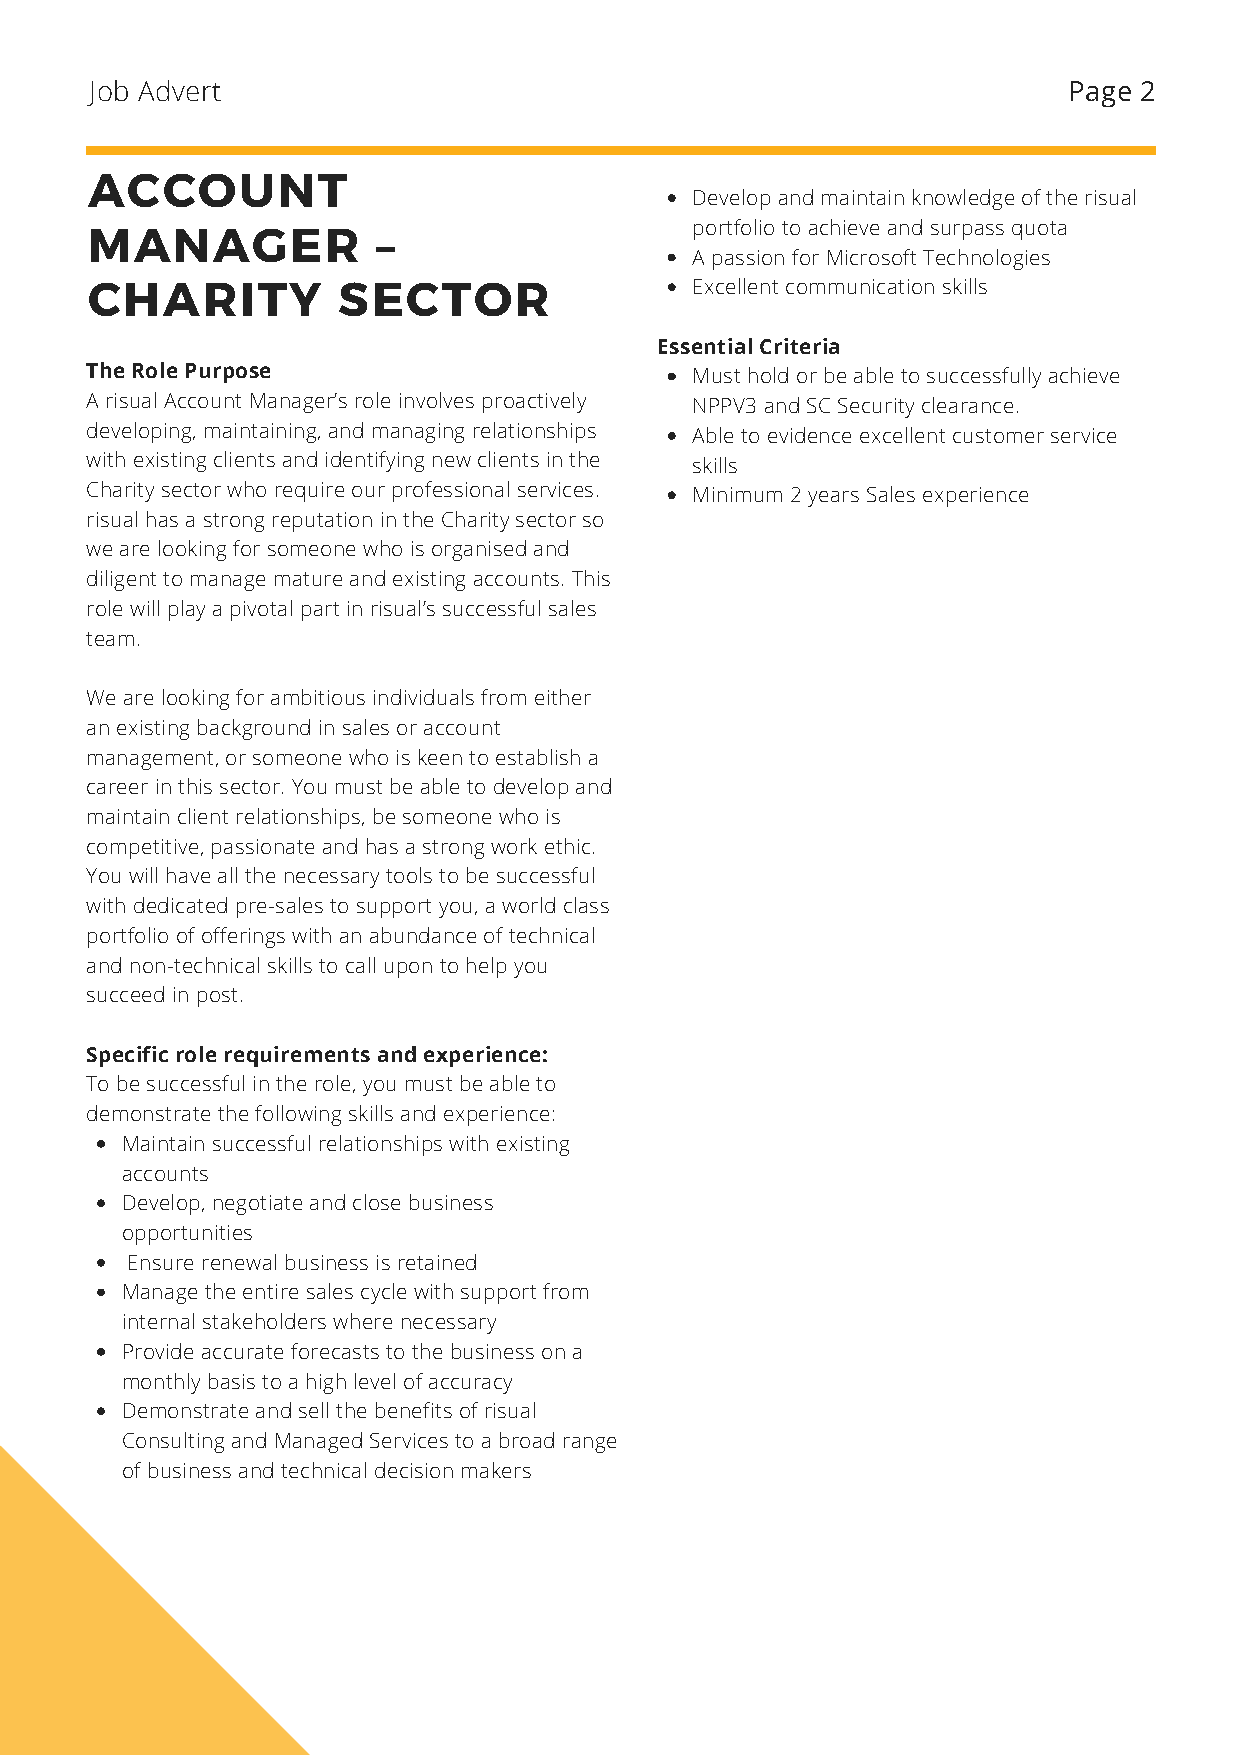
Job Advert                                                       Page 2
 ACCOUNT
 Develop and maintain knowledge of the risual
 MANAGER            –                    portfolio to achieve and surpass quota
 A passion for Microsoft Technologies
 CHARITY         SECTOR                  Excellent communication skills
 Essential Criteria
 The Role Purpose                        Must hold or be able to successfully achieve
 A risual Account Manager’s role involves proactively NPPV3 and SC Security clearance.
 developing, maintaining, and managing relationships Able to evidence excellent customer service
 with existing clients and identifying new clients in the skills
 Charity sector who require our professional services. Minimum 2 years Sales experience
 risual has a strong reputation in the Charity sector so
 we are looking for someone who is organised and
 diligent to manage mature and existing accounts. This
 role will play a pivotal part in risual’s successful sales
 team.
 We are looking for ambitious individuals from either
 an existing background in sales or account
 management, or someone who is keen to establish a
 career in this sector. You must be able to develop and
 maintain client relationships, be someone who is
 competitive, passionate and has a strong work ethic.
 You will have all the necessary tools to be successful
 with dedicated pre-sales to support you, a world class
 portfolio of offerings with an abundance of technical
 and non-technical skills to call upon to help you
 succeed in post.
 Specific role requirements and experience:
 To be successful in the role, you must be able to
 demonstrate the following skills and experience:
 Maintain successful relationships with existing
 accounts
 Develop, negotiate and close business
 opportunities
 Ensure renewal business is retained
 Manage the entire sales cycle with support from
 internal stakeholders where necessary
 Provide accurate forecasts to the business on a
 monthly basis to a high level of accuracy
 Demonstrate and sell the benefits of risual
 Consulting and Managed Services to a broad range
 of business and technical decision makers